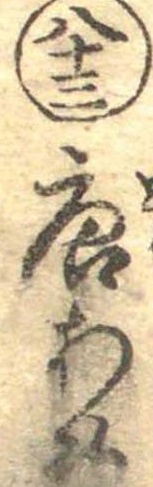
八十三唐あめ